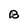
Character: B